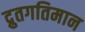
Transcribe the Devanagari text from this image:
द्रुतगतिमान